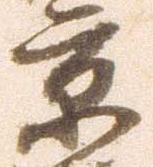
京